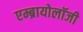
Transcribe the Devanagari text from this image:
एम्ब्रायोलॉजी